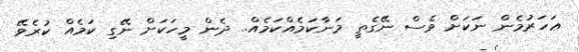
ޢަހަރުމެން ނަކަށް ވެސް ނޭގެތީ މަނާކަމެއްކަމެއް.. ދެން މީހަކަށް ނޭގި ކަމެެއް ކުރެވޭ